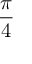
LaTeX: \frac { \pi } { 4 }